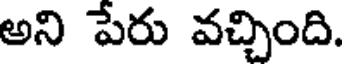
అని పేరు వచ్చింది.